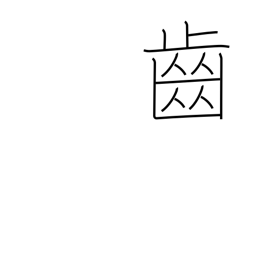
Meaning: cog